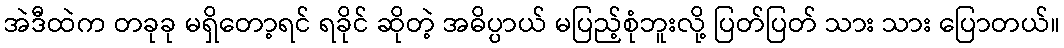
အဲဒီထဲက တခုခု မရှိတော့ရင် ရခိုင် ဆိုတဲ့ အဓိပ္ပာယ် မပြည့်စုံဘူးလို့ ပြတ်ပြတ် သား သား ပြောတယ်။